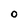
Character: 0